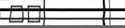
٥٢